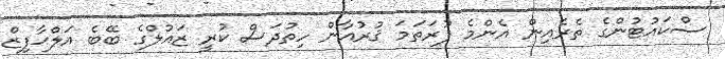
ސްކައުޓުންގެ ތެރެއިން އެންމެ ފުރަތަމަ ޤުރުއާން ހިތުދަސް ކުރީ ޒައުލްގެ ބޭބެ އަލްޙާފިޒް